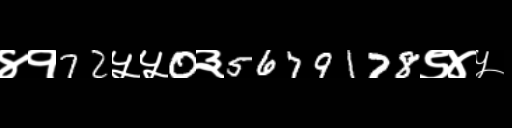
Text: ४१72५५0३5679178९४५